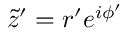
\tilde { z } ^ { \prime } = r ^ { \prime } e ^ { i \phi ^ { \prime } }